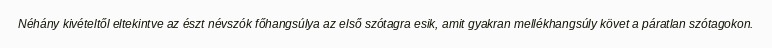
Néhány kivételtől eltekintve az észt névszók főhangsúlya az első szótagra esik, amit gyakran mellékhangsúly követ a páratlan szótagokon.